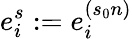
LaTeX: e_{i}^{s}:=e_{i}^{(s_{0}n)}